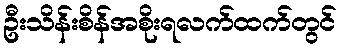
ဦးသိန်းစိန်အစိုးရလက်ထက်တွင်